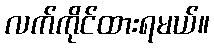
လက်ကိုင်ထားရမယ်။